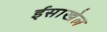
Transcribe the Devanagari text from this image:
ईसाखेल